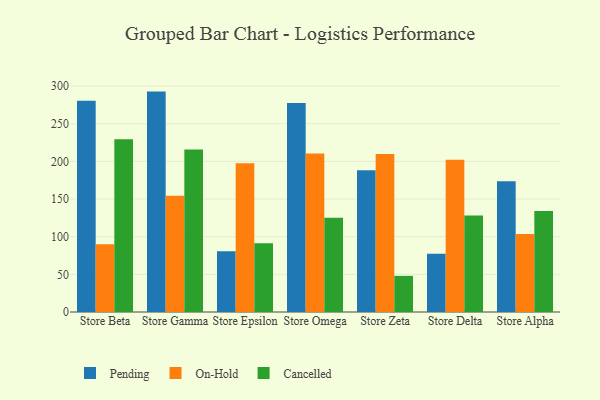
{"axis": {"x": "Store", "y": "Waste Production (Tons)"}, "legend": ["Cancelled", "On-Hold", "Pending"], "data": [{"x": "Store Beta", "y": 280.4, "type": "Pending"}, {"x": "Store Beta", "y": 90.1, "type": "On-Hold"}, {"x": "Store Beta", "y": 229.5, "type": "Cancelled"}, {"x": "Store Gamma", "y": 292.7, "type": "Pending"}, {"x": "Store Gamma", "y": 154.3, "type": "On-Hold"}, {"x": "Store Gamma", "y": 215.8, "type": "Cancelled"}, {"x": "Store Epsilon", "y": 80.8, "type": "Pending"}, {"x": "Store Epsilon", "y": 197.5, "type": "On-Hold"}, {"x": "Store Epsilon", "y": 91.3, "type": "Cancelled"}, {"x": "Store Omega", "y": 277.4, "type": "Pending"}, {"x": "Store Omega", "y": 210.6, "type": "On-Hold"}, {"x": "Store Omega", "y": 125.3, "type": "Cancelled"}, {"x": "Store Zeta", "y": 188.2, "type": "Pending"}, {"x": "Store Zeta", "y": 209.7, "type": "On-Hold"}, {"x": "Store Zeta", "y": 48.0, "type": "Cancelled"}, {"x": "Store Delta", "y": 77.4, "type": "Pending"}, {"x": "Store Delta", "y": 202.2, "type": "On-Hold"}, {"x": "Store Delta", "y": 128.3, "type": "Cancelled"}, {"x": "Store Alpha", "y": 173.7, "type": "Pending"}, {"x": "Store Alpha", "y": 103.5, "type": "On-Hold"}, {"x": "Store Alpha", "y": 134.1, "type": "Cancelled"}]}